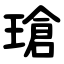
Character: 瑲